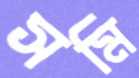
সমি